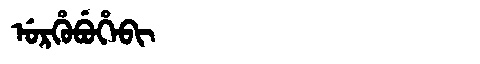
Manchu: ᡠᡵᡥᡠᠪᡠᡥᡝᠪᡳ
Romanization: URHUBUHEBI